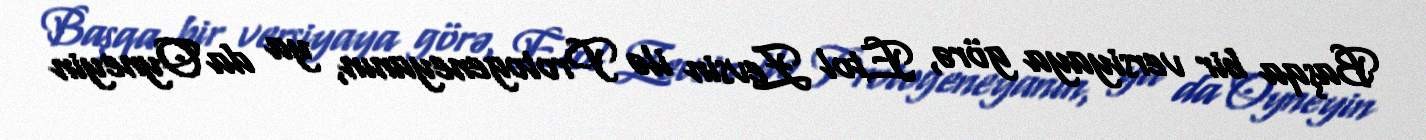
Başqa bir versiyaya görə, Etol Zevsin ilə Protogeneyanın, ya da Oyneyin